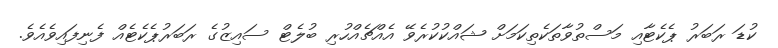
ކުޑަ ރަބަރު ޕެކެޓާއި މަސްތުވާތަކެތިކަަމަށް ޝައްކުކުރެވޭ އެއްޗެއްހުރި ބުލެޓް ސައިޒުގެ ރަބަރުޕެކެޓެއް ފެނިފައިވެއެވެ.